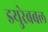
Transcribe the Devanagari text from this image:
डयुरेबबल